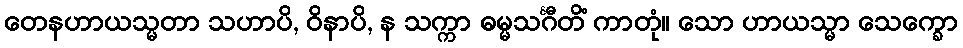
တေနဟာယသ္မတာ သဟာပိ, ဝိနာပိ, န သက္ကာ ဓမ္မသင်္ဂီတိံ ကာတုံ။ သော ဟာယသ္မာ သေက္ခော